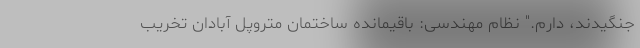
جنگیدند، دارم." نظام مهندسی: باقیمانده ساختمان متروپل آبادان تخریب